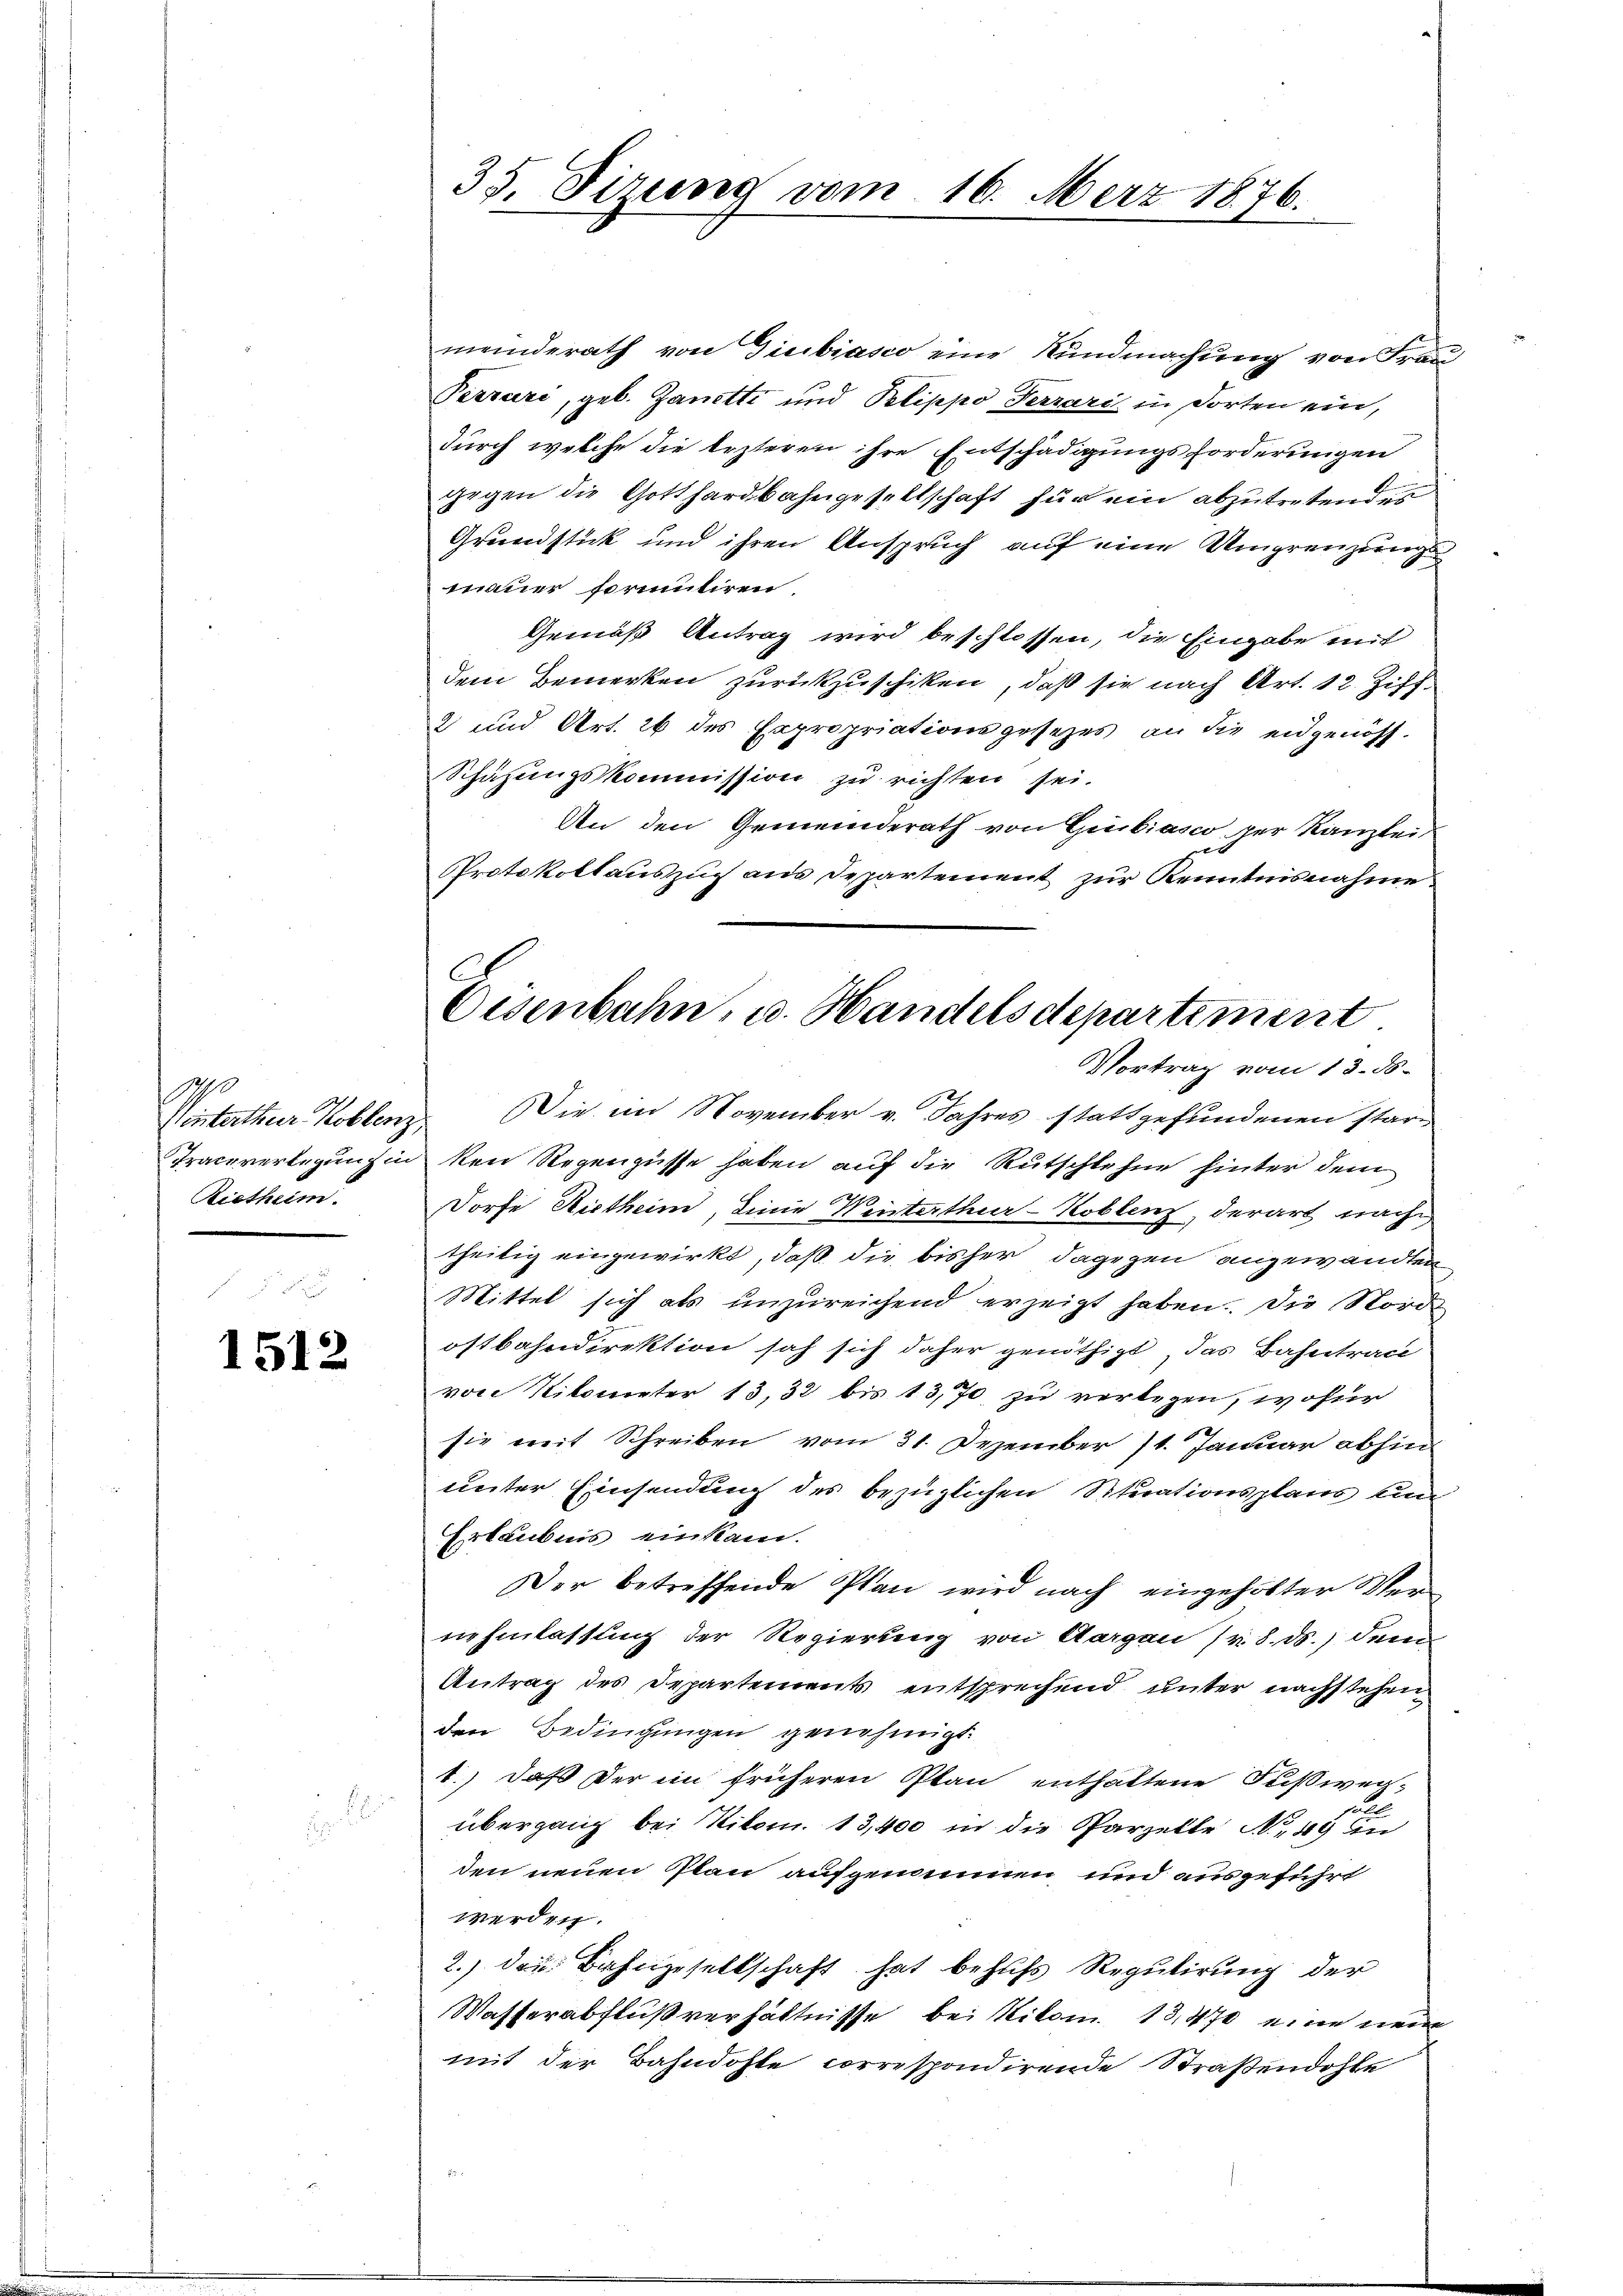
Winterther Koblenz,
Traceverlegung in
Rietheim.

1512

u

35. Fizung vom 16. März 1876.

C
Eisenbahn, u. Handelsdepartement
Vortrag vom 13. ds.

meinderath von Giubiasco eine Kundmachung von Fran
Perrare, geb. Janetti und Pelippo Terrari in dorten ein,
durch welche die Ärzteren ihre Entschädigungsforderungen
gegen die Gotthardbahngesellschaft für ein abzutretendes
Grundstück und ihren Anspruch auf eine Umgrenzungs
mauer formuliren.
Gemäß Antrag wird beschlossen, die Eingabe mit
dem Bemerken zurückzuschiken, daß sie nach Art. 12. Ziff.
2 und Art. 26 des Expropriationsgesezes an die eidgenös¬
Schazungskommission zu richten sei.
An den Gemeinderath von Giubiasco per Kanzlei
Protokollauszug aus Departement zur Kenntnisnahme
Die im November v. Jahres stattgefundenen starken Regengüsse haben auf die Rutschlehne hinter dem
Dorfe Rietheim, Linie Winterthur–Koblenz, derart nach
theilig eingewirkt, daß die bisher, dagegen angewandten
Mittel sich als unzureichend erzeigt haben. Die Norde
ostbahndirektion sah sich daher genöthigt, das Bahntrac
von Nikonnter 13, 32 bis 13,70 zu verlegen, wofür
sie mit Schreiben vom 31. Dezember 11. Januar abhin
unter Einsendung des bezüglichen Situationsplans un
Erlaubnis einkam.
Der betreffende Plan wird nach eingehölter Vernehmlassung der Regierung von Aargau (v. 8. ds. denn
Antrag des Departements entsprechend unter nachstehen
den Bedingungen genehmigt.
1.) Daß der in früheren Plan enthaltene Fußweiit
übergang bei Nitom. 13,400 in die Parzelle N. 49 in
den neuen Plan aufgenommen und ausgeführt
werden.
2.) den Bahngesellschaft hat behufs Regulirung der
Wasserabflußverhältnisse bei Nikon. 13,470 eine neue
mit der Bahndohle correspondirende Straßendohle